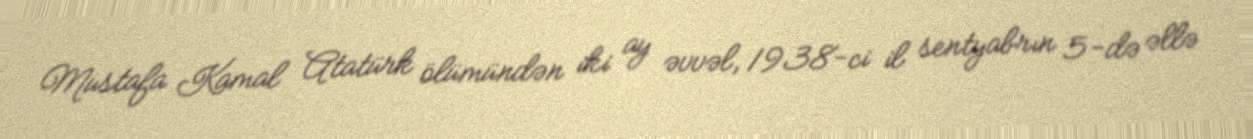
Mustafa Kamal Atatürk ölümündən iki ay əvvəl, 1938-ci il sentyabrın 5-də əllə